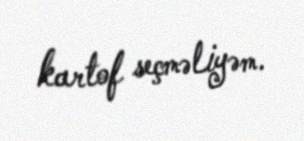
kartof seçməliyəm.